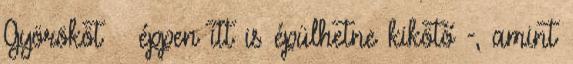
Györököt – éppen itt is épülhetne kikötő -, amint